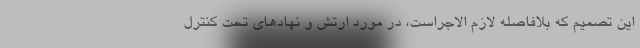
این تصمیم که بلافاصله لازم الاجراست، در مورد ارتش و نهادهای تحت کنترل